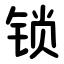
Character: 锁